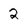
Character: 2